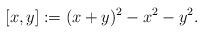
LaTeX: \begin{gather*} [x,y] := (x+y)^2 - x^2 - y^2.\end{gather*}